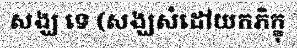
សង្ឃ ទេ (សង្ឃសំដៅយកភិក្ខុ